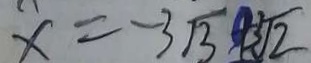
x = - 3 \sqrt { 3 } + 3 \sqrt { 2 }